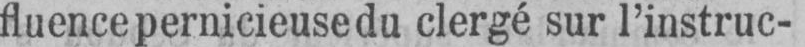
fluence pernicieuse du clergé sur l’instruc-